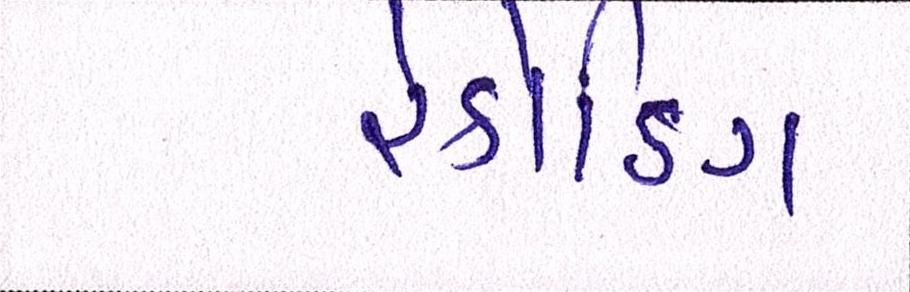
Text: રેકોર્ડિંગ